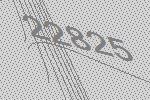
22825